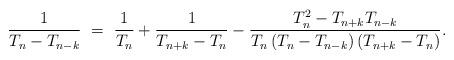
LaTeX: \begin{align*} \frac{1}{T_{n}-T_{n-k}}\ =\ \frac{1}{T_{n}}+\frac{1}{T_{n+k}-T_{n}}-\frac{T_{n}^{2}-T_{n+k}T_{n-k}}{T_{n}\left(T_{n}-T_{n-k}\right)\left(T_{n+k}-T_{n}\right)}.\end{align*}